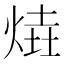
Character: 𤋑